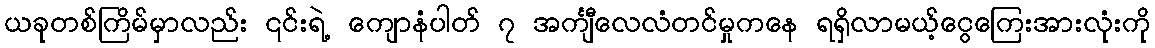
ယခုတစ်ကြိမ်မှာလည်း ၎င်းရဲ့ ကျောနံပါတ် ၇ အင်္ကျီလေလံတင်မှုကနေ ရရှိလာမယ့်ငွေကြေးအားလုံးကို